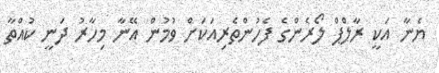
ޔެނާ އަކީ ރާލްޕް ލޯރެންގެ ފެހުންތެރިއަކަށް ވުމުން އޭނާ މިހާރު ދަނީ ކުއްތާ